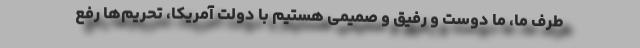
طرف ما، ما دوست و رفیق و صمیمی هستیم با دولت آمریکا، تحریم‌ها رفع